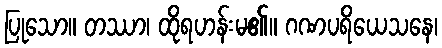
ပြုသော။ တဿာ၊ ထိုရဟန်းမ၏။ ဂဏပရိယေသနေ၊